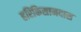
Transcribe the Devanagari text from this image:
हरिकिसानदास